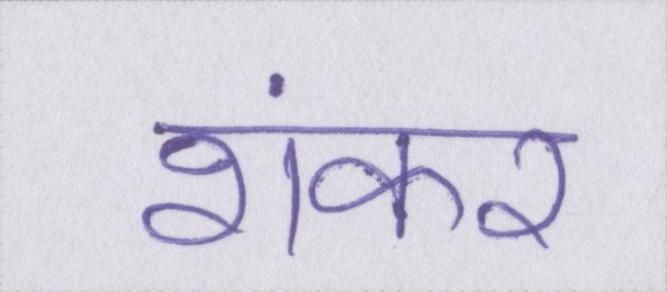
शंकर